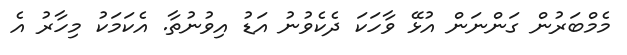
މެމްބަރުން ގަންނަން އުޅޭ ވާހަކަ ދެކެވުނު އަޑު އިވުނުތާ. އެކަމަކު މިހާރު އެ